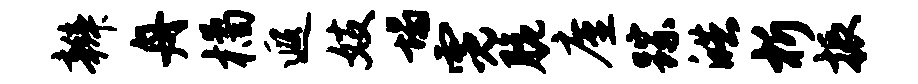
辫舟橘遐妓塌霓脆廑踪皓析振